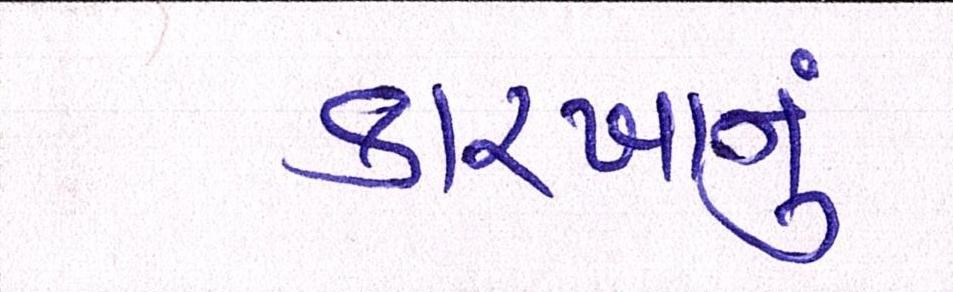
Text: કારખાનું